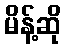
မိန့်ဆို